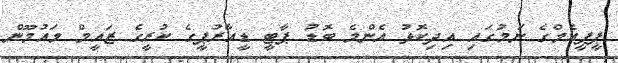
ޕީޕީއެމްގެ ނަމުގައި އިދިކޮޅު އެންމެ ބޮޑު ޕާޓީ ޑީއާރުޕީގެ ކުރީގެ ޒައީމް މައުމޫން